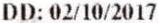
DD: 02/10/2017